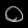
Digit: ၀